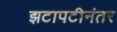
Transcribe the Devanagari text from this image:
झटापटीनंतर